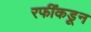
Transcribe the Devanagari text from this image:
रफींकडून